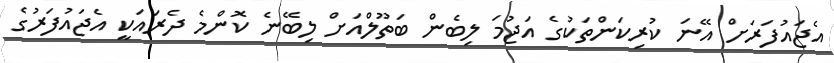
އެޖައުފަރަށް އޭނަ ކުރިކަންތަކުގެ އަޖުމަ ލިބެން ބަތޫލްއަށް ލިބޭނެ ކޮންމެ ދެރައަކީ އެޖައުފަރުގެ